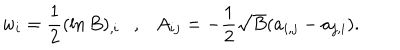
LaTeX: w _ { i } = \frac 1 2 ( \ln B ) _ { , i } , A _ { i j } = - \frac 1 2 \sqrt { B } ( a _ { i , j } - a _ { j , i } ) .